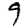
Digit: 9